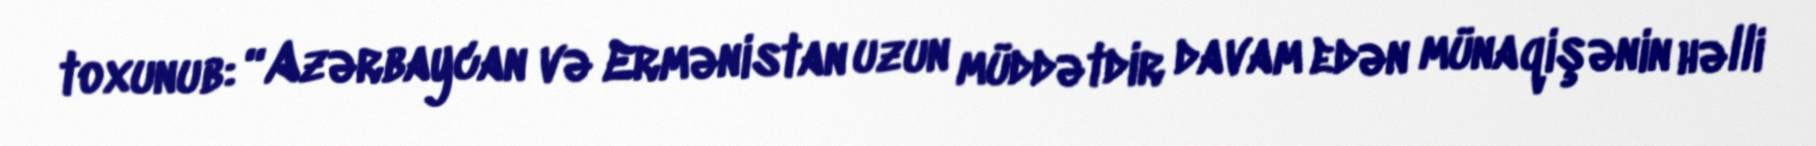
toxunub: “Azərbaycan və Ermənistan uzun müddətdir davam edən münaqişənin həlli